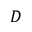
D